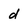
Character: d